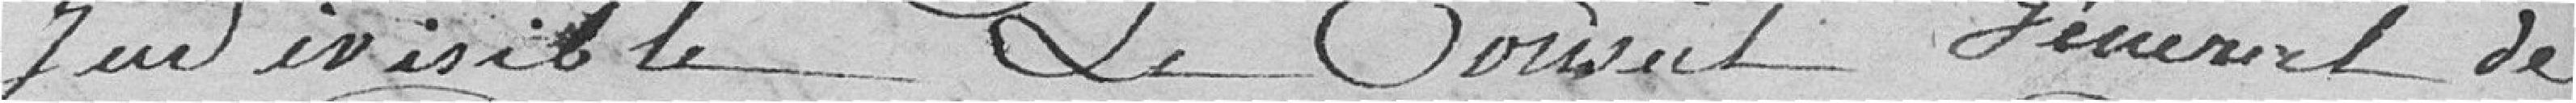
indivisible, Le Conseil Général de